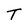
Character: T